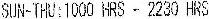
SUN-THU: 1000 HRS - 2230 HRS